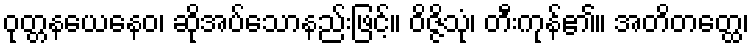
ဝုတ္တနယေနေဝ၊ ဆိုအပ်သောနည်းဖြင့်။ ဝိဇ္ဇိသုံ၊ တီးကုန်၏။ အတိတတ္ထေ၊